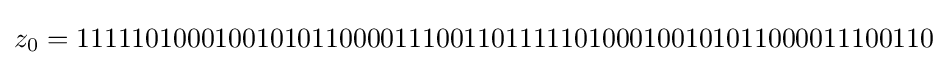
z_{0}=11111010001001010110000111001101111101000100101011000011100110